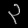
Digit: ၃